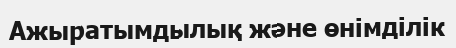
Ажыратымдылық және өнімділік